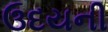
ઉદયની